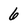
Character: 6